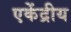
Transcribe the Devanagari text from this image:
एकेंद्रीय